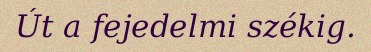
Út a fejedelmi székig.